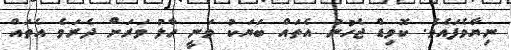
ނިޔާވެފައެވެ. ކޮވިޑް ޖެހުނު އެތައް ބަޔަކު ވަނީ ހާލު ވަރަށް ދެރަވެ އެތައް